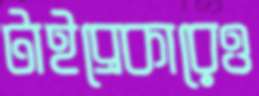
টাইব্রেকারেও